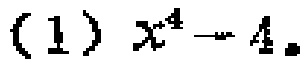
(1) \(x^{4}-4\)